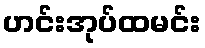
ဟင်းအုပ်ထမင်း